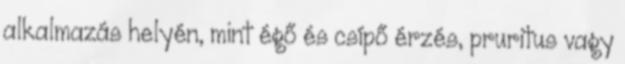
alkalmazás helyén, mint égő és csípő érzés, pruritus vagy